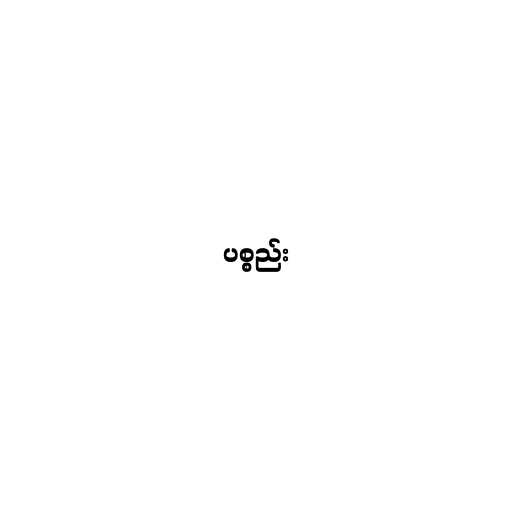
ပစ္စည်း